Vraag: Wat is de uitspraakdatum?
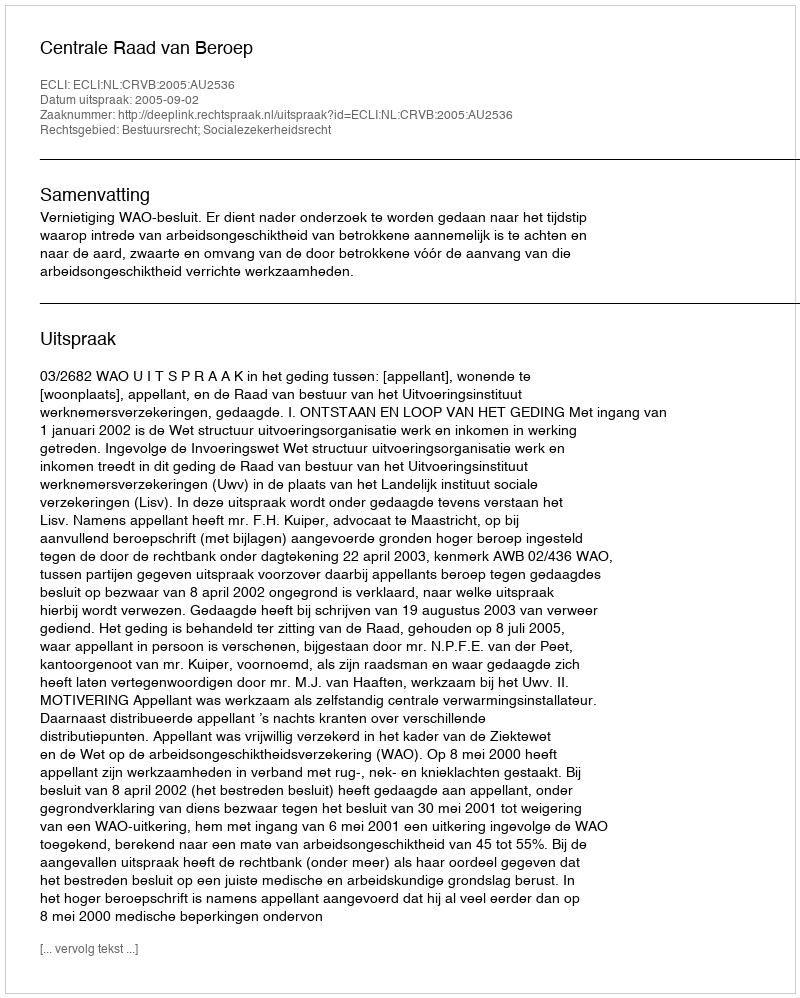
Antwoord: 2005-09-02